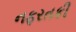
નફરતકી